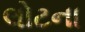
લોટના